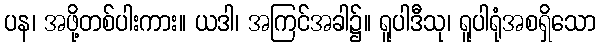
ပန၊ အဖို့တစ်ပါးကား။ ယဒါ၊ အကြင်အခါ၌။ ရူပါဒီသု၊ ရူပါရုံအစရှိသော